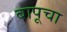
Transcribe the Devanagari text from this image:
बापूचा